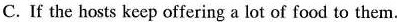
C. If the hosts keep offering a lot of food to them.